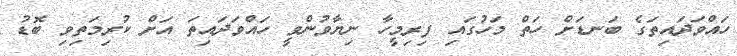
ހައްވަދައިތަގެ ބަނޑަަަަަަަށް ހަތް މަހުގައި ފިރިމީހާ ނިޔާވުންވީ ހައްވަދައިތަ އަށް ކުރިމަތިވި ބޮޑު